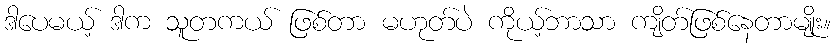
ဒါပေမယ့် ဒါက သူတကယ် ဖြစ်တာ မဟုတ်ပဲ ကိုယ့်ဘာသာ ကျိတ်ဖြစ်နေတာမျိုး။